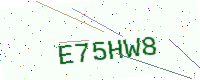
Text: E75HW8